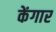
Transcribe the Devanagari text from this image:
केंगार